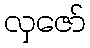
လှဇော်